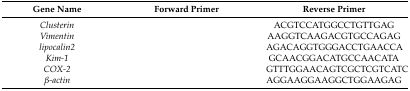
<table><thead><tr><td><b>Gene Name</b></td><td><b>Forward Primer</b></td><td><b>Reverse Primer</b></td></tr></thead><tbody><tr><td><i>Clusterin</i></td><td>[EMPTY_CELL]</td><td>ACGTCCATGGCCTGTTGAG</td></tr><tr><td><i>Vimentin</i></td><td>[EMPTY_CELL]</td><td>AAGGTCAAGACGTGCCAGAG</td></tr><tr><td><i>lipocalin2</i></td><td>[EMPTY_CELL]</td><td>AGACAGGTGGGACCTGAACCA</td></tr><tr><td><i>Kim-1</i></td><td>[EMPTY_CELL]</td><td>GCAACGGACATGCCAACATA</td></tr><tr><td><i>COX-2</i></td><td>[EMPTY_CELL]</td><td>GTTTGGAACAGTCGCTCGTCATC</td></tr><tr><td><i>β-actin</i></td><td>[EMPTY_CELL]</td><td>AGGAAGGAAGGCTGGAAGAG</td></tr></tbody></table>